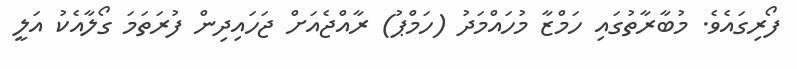
ފޯރިގައެވެ. މުބާރާތުގައި ހަމްޒާ މުހައްމަދު (ހަމްޕު) ރާއްޖެއަށް ޖަހައިދިން ފުރަތަމަ ގޯލާއެކު އަލީ